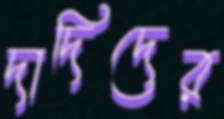
দাদিদের